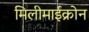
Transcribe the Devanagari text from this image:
मिलीमाईक्रोन